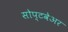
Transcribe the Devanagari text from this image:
सोप्टवेअर